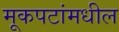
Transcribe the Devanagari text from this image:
मूकपटांमधील